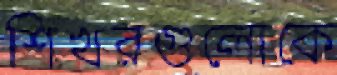
শিখরগুলোকে